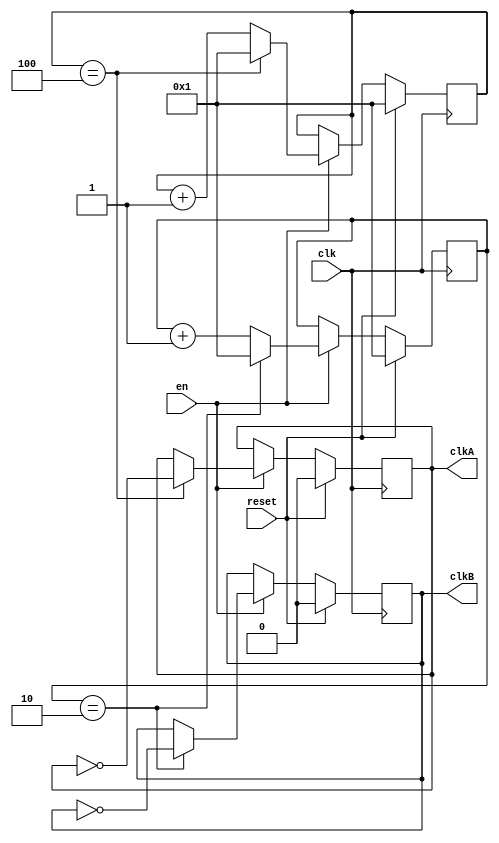
`timescale 1ns / 1ps
//////////////////////////////////////////////////////////////////////////////////
// Company: 
// Engineer: 
// 
// Design Name: 
// Module Name:    ClkDivider 
// Project Name: 
// Target Devices: 
// Tool versions: 
// Description: 
//
// Dependencies: 
//
// Revision: 
// Revision 0.01 - File Created
// Additional Comments: 
//
//////////////////////////////////////////////////////////////////////////////////
module clkDiv(clk, reset, clkA, clkB, en);
    parameter n= 8;
    parameter k = 1;
    parameter l = 2;
    input clk, reset, en;
    output reg clkA, clkB;
    reg [31:0]counterA, counterB;
    always @(posedge clk) begin
        if(reset) begin
            counterA<=32'd1;
            counterB<=32'd1;
            clkA <= 1'b0;
            clkB <= 1'b0;
        end
        else begin
            if(en) begin
                if(counterA == (n/(2*k))) begin
                    clkA <= ~clkA;
                    counterA <= 32'd1;
                end
                else begin
                counterA <= counterA +1;
                end
                
                if(counterB == (n/(2*l))) begin
                    clkB <= ~clkB;
                    counterB <= 32'd1;
                end
                else begin
                counterB <= counterB +1;
                end
            end
            else begin
                counterA <= counterA;
                counterB <= counterB;
                clkB <= clkB;
                clkA <= clkA;
            end            
        end
    end
endmodule